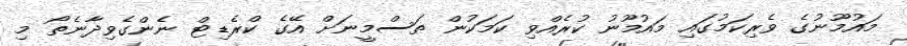
މައުމޫނުގެ ވެރިކަމުގައި މައުމޫނު ކުރެއްވި ކަމަކުން ތަސްމީނަށް އޭގެ ކްރެޑިޓް ނެންގެވިދާނެތޯ މި